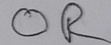
Text: OR